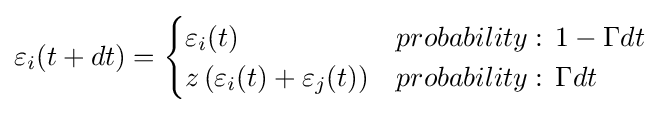
\varepsilon _{i}(t+dt)={\begin{cases}\varepsilon _{i}(t)&probability:\,1-\Gamma dt\\z\left(\varepsilon _{i}(t)+\varepsilon _{j}(t)\right)&probability:\,\Gamma dt\end{cases}}